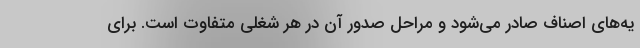
یه‌های اصناف صادر می‌شود و مراحل صدور آن در هر شغلی متفاوت است. برای